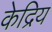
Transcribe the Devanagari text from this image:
केद्रिय